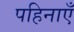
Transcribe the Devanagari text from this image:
पहिनाएँ